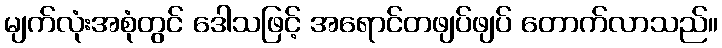
မျက်လုံးအစုံတွင် ဒေါသဖြင့် အရောင်တဖျပ်ဖျပ် တောက်လာသည်။